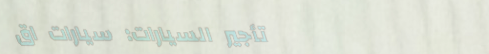
تأجير السيارات: سيارات اق